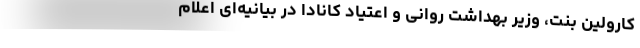
کارولین بنت، وزیر بهداشت روانی و اعتیاد کانادا در بیانیه‌ای اعلام